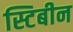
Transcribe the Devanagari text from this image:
स्टिबीन